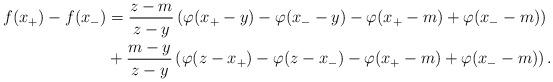
LaTeX: \begin{align*} f(x_+) - f(x_-) &= \frac{z-m}{z-y}\left(\varphi(x_+-y) -\varphi(x_--y) - \varphi(x_+-m)+\varphi(x_--m)\right)\\ &+\frac{m-y}{z-y}\left(\varphi(z-x_+) -\varphi(z-x_-) - \varphi(x_+-m)+\varphi(x_--m)\right).\end{align*}